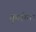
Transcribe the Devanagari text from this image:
कुलीना